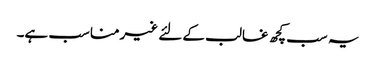
یہ سب کچھ غالب کے لئے غیرمناسب ہے۔